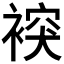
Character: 𧛗